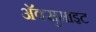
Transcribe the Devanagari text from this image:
अॅक्सुमाइट